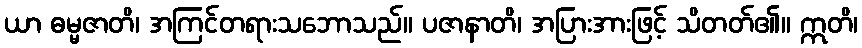
ယာ ဓမ္မဇာတိ၊ အကြင်တရားသဘောသည်။ ပဇာနာတိ၊ အပြားအားဖြင့် သိတတ်၏။ ဣတိ၊